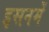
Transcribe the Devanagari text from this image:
इसनमें